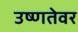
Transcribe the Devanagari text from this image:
उष्णतेवर